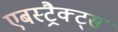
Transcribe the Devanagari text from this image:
एबस्ट्रैक्ट्स